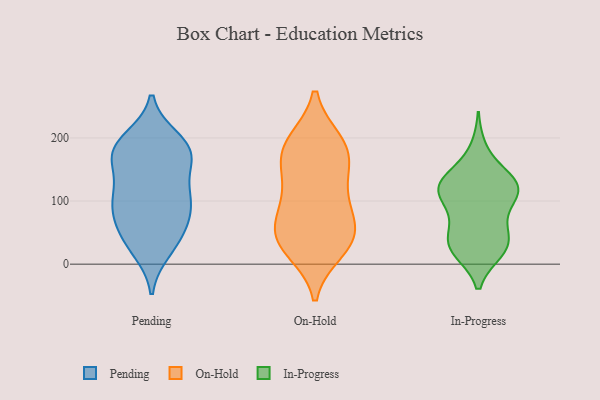
{"axis": {"x": "Headcount", "y": "Value"}, "legend": ["In-Progress", "On-Hold", "Pending"], "data": [{"x": "", "y": 198, "type": "Pending"}, {"x": "", "y": 111, "type": "Pending"}, {"x": "", "y": 172, "type": "Pending"}, {"x": "", "y": 192, "type": "Pending"}, {"x": "", "y": 172, "type": "Pending"}, {"x": "", "y": 112, "type": "Pending"}, {"x": "", "y": 22, "type": "Pending"}, {"x": "", "y": 151, "type": "Pending"}, {"x": "", "y": 88, "type": "Pending"}, {"x": "", "y": 29, "type": "Pending"}, {"x": "", "y": 69, "type": "Pending"}, {"x": "", "y": 51, "type": "Pending"}, {"x": "", "y": 43, "type": "Pending"}, {"x": "", "y": 187, "type": "Pending"}, {"x": "", "y": 179, "type": "Pending"}, {"x": "", "y": 106, "type": "Pending"}, {"x": "", "y": 169, "type": "Pending"}, {"x": "", "y": 80, "type": "Pending"}, {"x": "", "y": 103, "type": "Pending"}, {"x": "", "y": 41, "type": "On-Hold"}, {"x": "", "y": 88, "type": "On-Hold"}, {"x": "", "y": 159, "type": "On-Hold"}, {"x": "", "y": 95, "type": "On-Hold"}, {"x": "", "y": 22, "type": "On-Hold"}, {"x": "", "y": 57, "type": "On-Hold"}, {"x": "", "y": 194, "type": "On-Hold"}, {"x": "", "y": 37, "type": "On-Hold"}, {"x": "", "y": 112, "type": "On-Hold"}, {"x": "", "y": 31, "type": "On-Hold"}, {"x": "", "y": 192, "type": "On-Hold"}, {"x": "", "y": 169, "type": "On-Hold"}, {"x": "", "y": 190, "type": "On-Hold"}, {"x": "", "y": 147, "type": "On-Hold"}, {"x": "", "y": 52, "type": "On-Hold"}, {"x": "", "y": 111, "type": "In-Progress"}, {"x": "", "y": 123, "type": "In-Progress"}, {"x": "", "y": 121, "type": "In-Progress"}, {"x": "", "y": 28, "type": "In-Progress"}, {"x": "", "y": 26, "type": "In-Progress"}, {"x": "", "y": 80, "type": "In-Progress"}, {"x": "", "y": 115, "type": "In-Progress"}, {"x": "", "y": 129, "type": "In-Progress"}, {"x": "", "y": 182, "type": "In-Progress"}, {"x": "", "y": 35, "type": "In-Progress"}, {"x": "", "y": 134, "type": "In-Progress"}, {"x": "", "y": 141, "type": "In-Progress"}, {"x": "", "y": 20, "type": "In-Progress"}, {"x": "", "y": 99, "type": "In-Progress"}, {"x": "", "y": 20, "type": "In-Progress"}, {"x": "", "y": 56, "type": "In-Progress"}, {"x": "", "y": 120, "type": "In-Progress"}, {"x": "", "y": 52, "type": "In-Progress"}]}